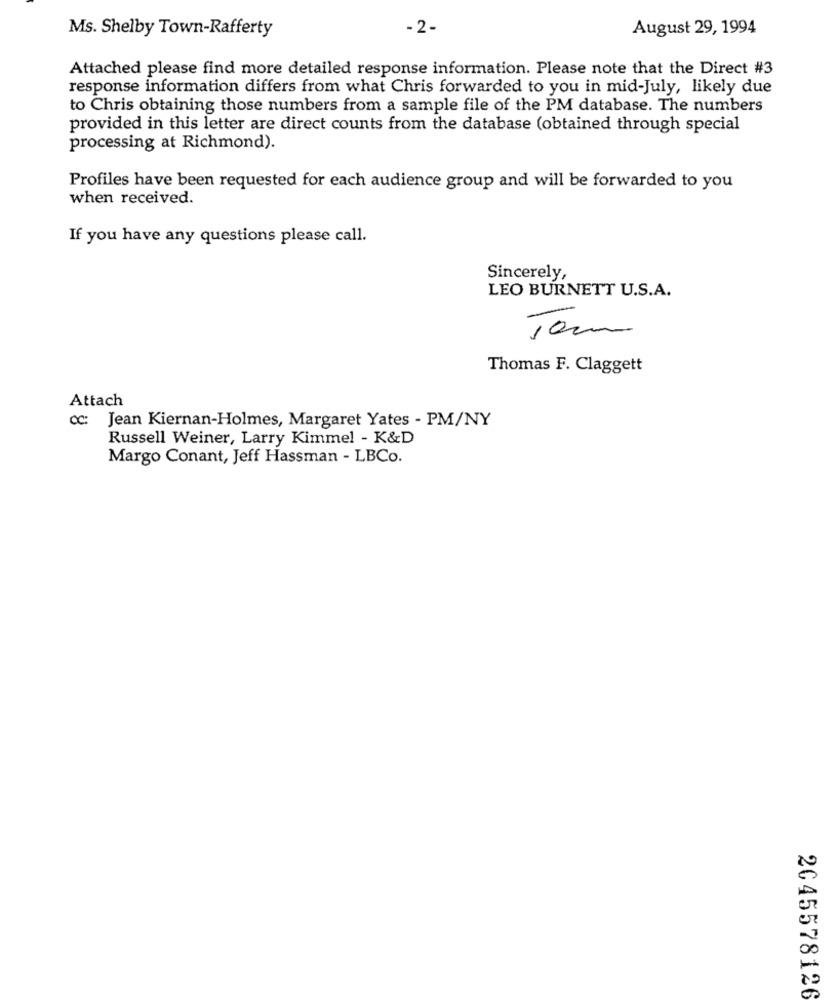
Ms. Shelby Town-Rafferty
- 2-
August 29, 1994
Attached please find more detailed response information. Please note that the Direct #3
response information differs from what Chris forwarded to you in mid-July, likely due
to Chris obtaining those numbers from a sample file of the PM database. The numbers
provided in this letter are direct counts from the database (obtained through special
processing at Richmond).
Profiles have been requested for each audience group and will be forwarded to you
when received.
If you have any questions please call.
Sincerely,
LEO BURNETT U.S.A.
10m
Thomas F. Claggett
Attach
cc: Jean Kiernan-Holmes, Margaret Yates - PM/NY
Russell Weiner, Larry Kimmel - K&D
Margo Conant, Jeff Hassman - LBCo.
2045578126